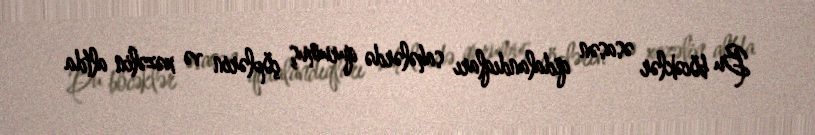
Bu böcəklər əsasən qidalandıqları sahələrdə qurumuş çöplərin və xəzəlin altda